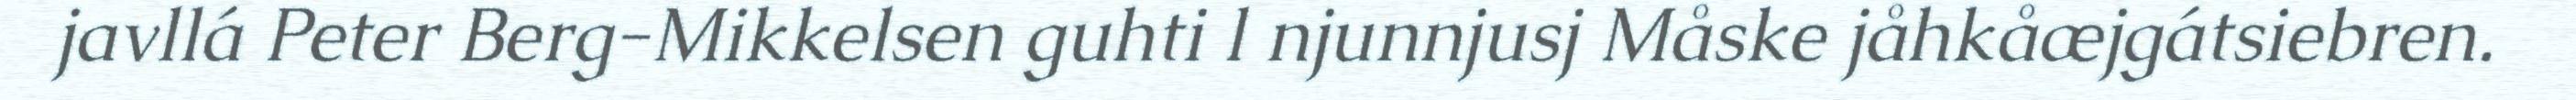
javllá Peter Berg-Mikkelsen guhti l njunnjusj Måske jåhkåæjgátsiebren.